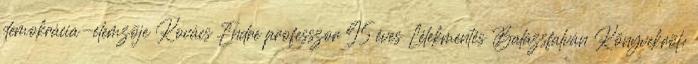
demokrácia-elemzõje Kovács Endre professzor 95 éves Lélekmentés Balázsfalván Könyvekrõl: